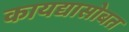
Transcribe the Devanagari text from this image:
कायद्यासोबत